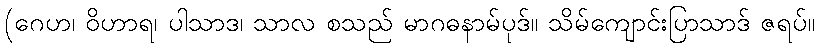
(ဂေဟ၊ ဝိဟာရ၊ ပါသာဒ၊ သာလ စသည် မာဂဓနာမ်ပုဒ်။ သိမ်ကျောင်းပြာသာဒ် ဇရပ်။